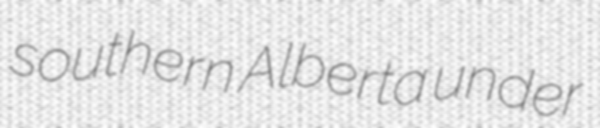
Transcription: southern Alberta under